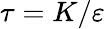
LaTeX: \tau=K/\varepsilon